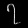
Digit: ၇